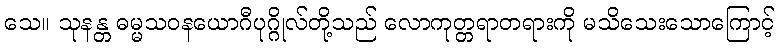
သေ။ သုနန္တ ဓမ္မသဝနယောဂီပုဂ္ဂိုလ်တို့သည် လောကုတ္တရာတရားကို မသိသေးသောကြောင့်